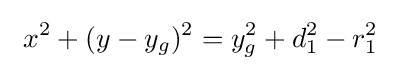
\ x^{2}+(y-y_{g})^{2}=y_{g}^{2}+d_{1}^{2}-r_{1}^{2}\